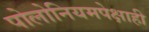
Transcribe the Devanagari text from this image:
पोलोनियमपेक्षाही